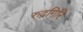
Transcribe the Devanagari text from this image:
रुद्रगिरि